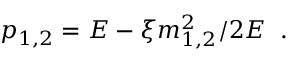
p _ { 1 , 2 } = E - \xi m _ { 1 , 2 } ^ { 2 } / 2 E \; \; .